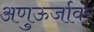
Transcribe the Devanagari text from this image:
अणुऊर्जावर